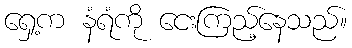
ရှေ့က နံရံကို ငေးကြည့်နေသည်။